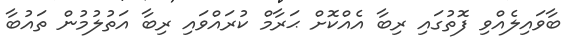
ބާވައިލެއްވި ފޮތުގައި ރިބާ އެއްކޮށް ޙަރާމް ކުރައްވައި ރިބާ އަތުލުމުން ތައުބާ